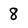
Character: 8